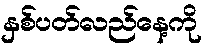
နှစ်ပတ်လည်နေ့ကို